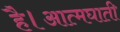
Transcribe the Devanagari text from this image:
है।आत्मघाती